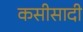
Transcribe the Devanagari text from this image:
कसीसादी